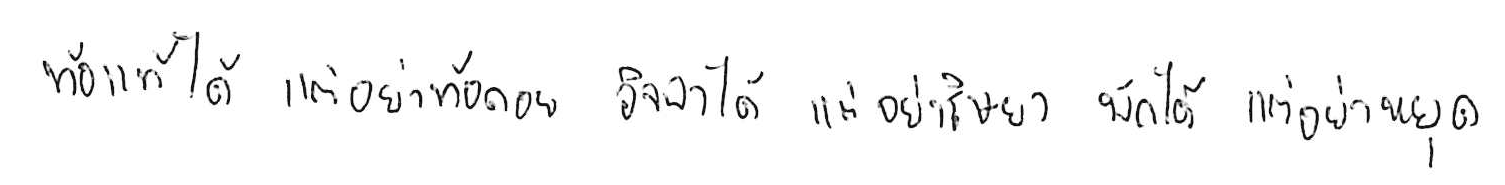
ท้อแท้ได้ แต่อย่าท้อถอย อิจฉาได้ แต่อย่าริษยา พักได้ แต่อย่าหยุด